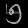
Digit: ၅